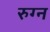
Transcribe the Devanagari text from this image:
रुग्न